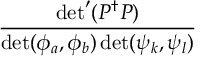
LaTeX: \displaystyle \frac { \operatorname * { d e t } ^ { \prime } ( P ^ { \dagger } P ) } { \operatorname * { d e t } ( \phi _ { a } , \phi _ { b } ) \operatorname * { d e t } ( \psi _ { k } , \psi _ { l } ) }